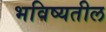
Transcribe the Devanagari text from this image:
भविष्यतील